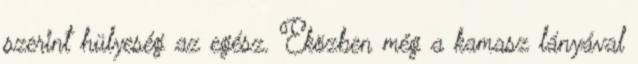
szerint hülyeség az egész. Eközben még a kamasz lányával